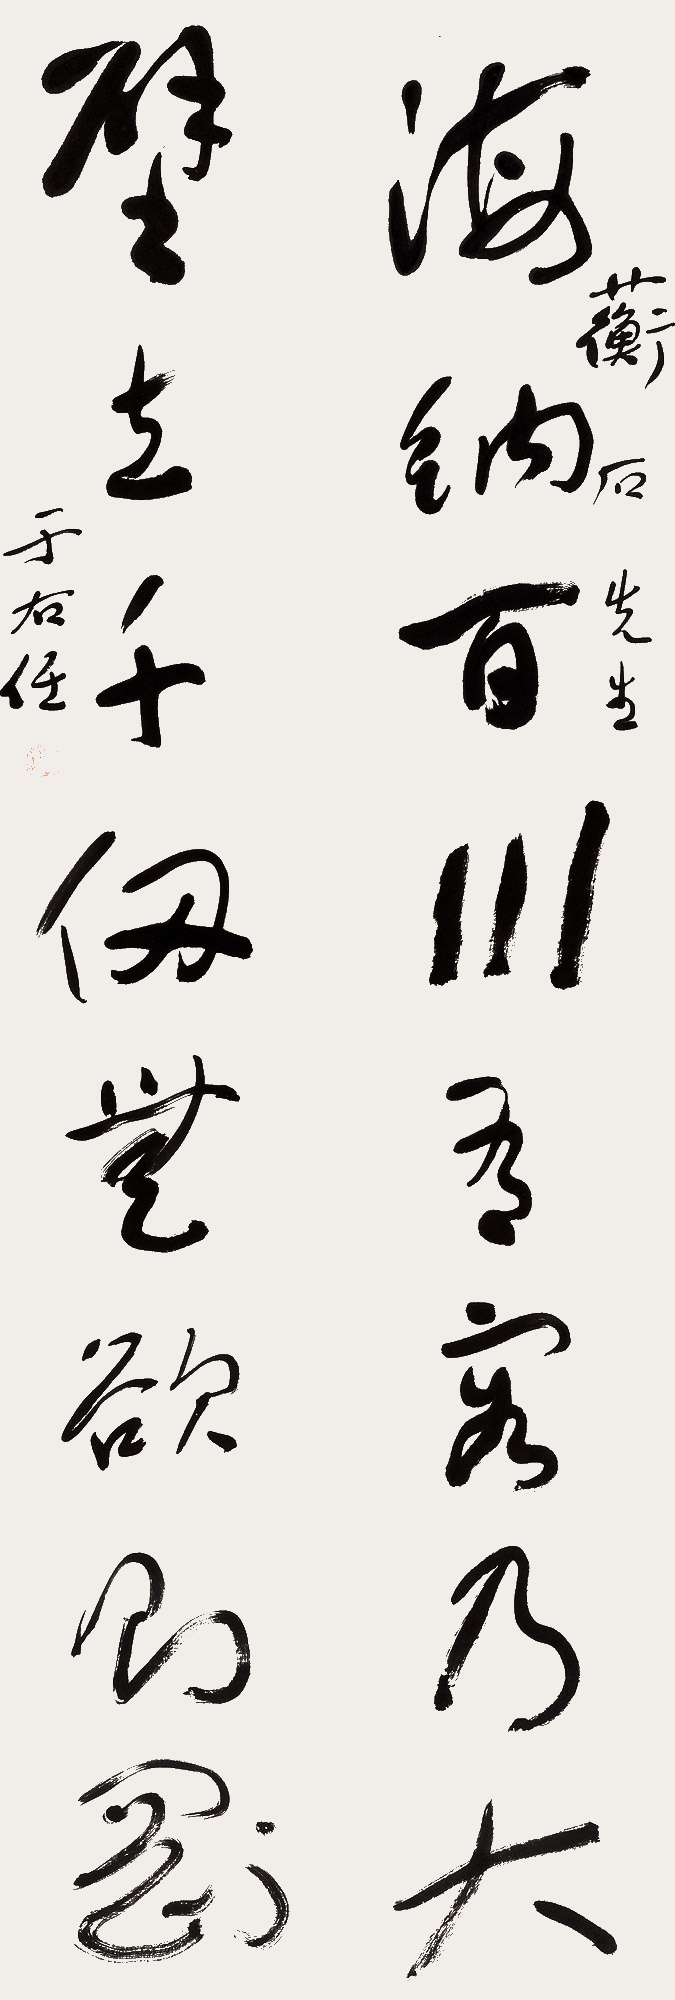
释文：海纳百川有容乃大，壁立千仞无欲则刚。蘅石先生。于右任。